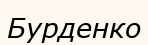
Бурденко